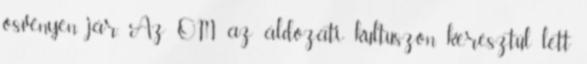
ösvényen jár. Az OM az áldozati kultuszon keresztül lett